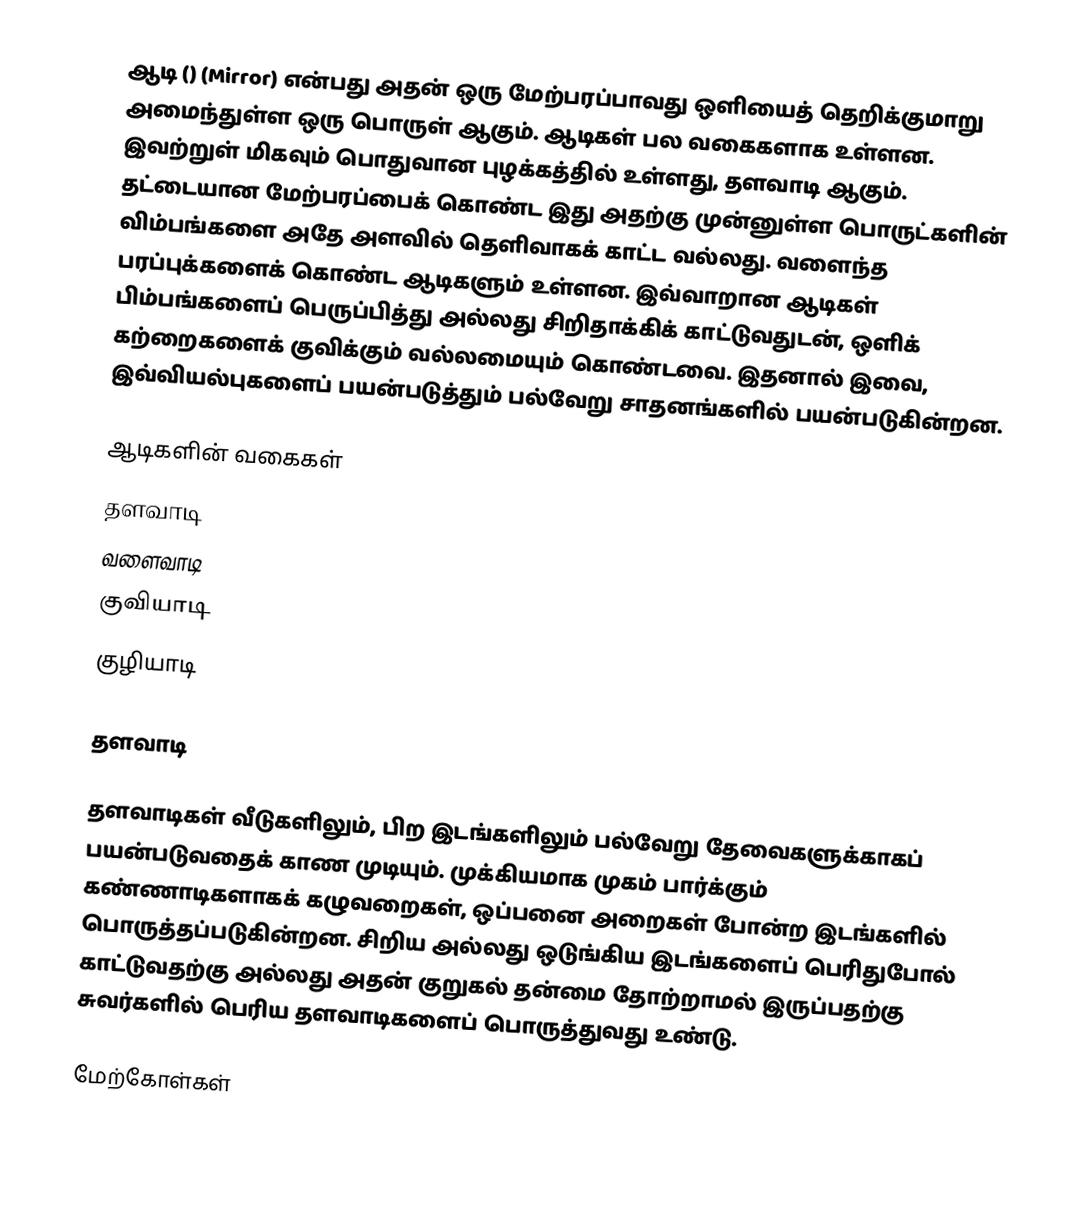
ஆடி ()  (Mirror) என்பது அதன் ஒரு மேற்பரப்பாவது ஒளியைத் தெறிக்குமாறு அமைந்துள்ள ஒரு பொருள் ஆகும். ஆடிகள் பல வகைகளாக உள்ளன. இவற்றுள் மிகவும் பொதுவான புழக்கத்தில் உள்ளது, தளவாடி ஆகும். தட்டையான மேற்பரப்பைக் கொண்ட இது அதற்கு முன்னுள்ள பொருட்களின் விம்பங்களை அதே அளவில் தெளிவாகக் காட்ட வல்லது. வளைந்த பரப்புக்களைக் கொண்ட ஆடிகளும் உள்ளன. இவ்வாறான ஆடிகள் பிம்பங்களைப் பெருப்பித்து அல்லது சிறிதாக்கிக் காட்டுவதுடன், ஒளிக் கற்றைகளைக் குவிக்கும் வல்லமையும் கொண்டவை. இதனால் இவை, இவ்வியல்புகளைப் பயன்படுத்தும் பல்வேறு சாதனங்களில் பயன்படுகின்றன.

ஆடிகளின் வகைகள்
தளவாடி
வளைவாடி
குவியாடி
குழியாடி

தளவாடி

தளவாடிகள் வீடுகளிலும், பிற இடங்களிலும் பல்வேறு தேவைகளுக்காகப் பயன்படுவதைக் காண முடியும். முக்கியமாக முகம் பார்க்கும் கண்ணாடிகளாகக் கழுவறைகள், ஒப்பனை அறைகள் போன்ற இடங்களில் பொருத்தப்படுகின்றன. சிறிய அல்லது ஒடுங்கிய இடங்களைப் பெரிதுபோல் காட்டுவதற்கு அல்லது அதன் குறுகல் தன்மை தோற்றாமல் இருப்பதற்கு சுவர்களில் பெரிய தளவாடிகளைப் பொருத்துவது உண்டு.

மேற்கோள்கள்